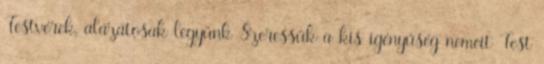
Testvérek, alázatosak legyünk Szeressük a kis igényűség nemeit Test